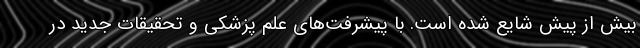
بیش از پیش شایع شده است. با پیشرفت‌های علم پزشکی و تحقیقات جدید در